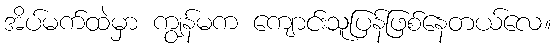
အိပ်မက်ထဲမှာ ကျွန်မက ကျောင်းသူပြန်ဖြစ်နေတယ်လေ။